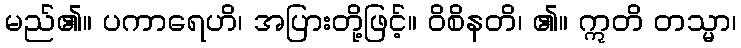
မည်၏။ ပကာရေဟိ၊ အပြားတို့ဖြင့်။ ဝိစိနတိ၊ ၏။ ဣတိ တသ္မာ၊